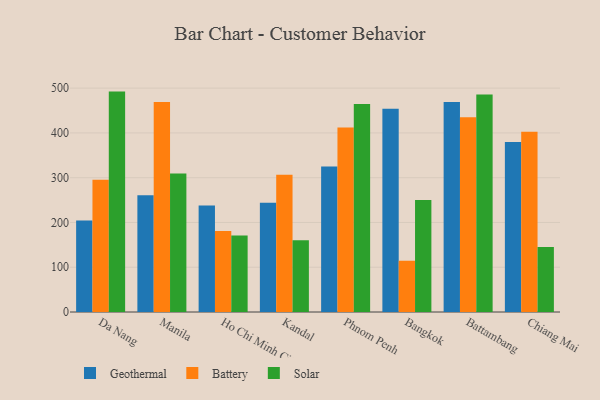
{"axis": {"x": "City", "y": "Energy Usage (MWh)"}, "legend": ["Battery", "Geothermal", "Solar"], "data": [{"x": "Da Nang", "y": 204.5, "type": "Geothermal"}, {"x": "Da Nang", "y": 295.5, "type": "Battery"}, {"x": "Da Nang", "y": 492.3, "type": "Solar"}, {"x": "Manila", "y": 260.7, "type": "Geothermal"}, {"x": "Manila", "y": 469.3, "type": "Battery"}, {"x": "Manila", "y": 309.2, "type": "Solar"}, {"x": "Ho Chi Minh City", "y": 238.0, "type": "Geothermal"}, {"x": "Ho Chi Minh City", "y": 181.0, "type": "Battery"}, {"x": "Ho Chi Minh City", "y": 170.6, "type": "Solar"}, {"x": "Kandal", "y": 244.1, "type": "Geothermal"}, {"x": "Kandal", "y": 306.3, "type": "Battery"}, {"x": "Kandal", "y": 160.1, "type": "Solar"}, {"x": "Phnom Penh", "y": 324.9, "type": "Geothermal"}, {"x": "Phnom Penh", "y": 412.3, "type": "Battery"}, {"x": "Phnom Penh", "y": 464.7, "type": "Solar"}, {"x": "Bangkok", "y": 453.9, "type": "Geothermal"}, {"x": "Bangkok", "y": 114.3, "type": "Battery"}, {"x": "Bangkok", "y": 250.3, "type": "Solar"}, {"x": "Battambang", "y": 468.8, "type": "Geothermal"}, {"x": "Battambang", "y": 434.8, "type": "Battery"}, {"x": "Battambang", "y": 485.6, "type": "Solar"}, {"x": "Chiang Mai", "y": 379.5, "type": "Geothermal"}, {"x": "Chiang Mai", "y": 402.6, "type": "Battery"}, {"x": "Chiang Mai", "y": 145.1, "type": "Solar"}]}